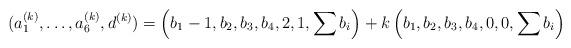
LaTeX: \begin{align*}( a_1^{(k)}, \dots, a_6^{(k)}, d^{(k)}) =\left(b_1-1,b_2,b_3,b_4,2,1,\sum b_i\right) + k\left(b_1,b_2,b_3,b_4,0,0,\sum b_i\right)\end{align*}